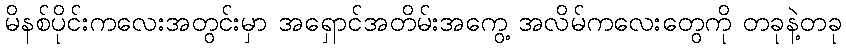
မိနစ်ပိုင်းကလေးအတွင်းမှာ အရှောင်အတိမ်းအကွေ့ အလိမ်ကလေးတွေကို တခုနဲ့တခု